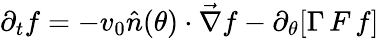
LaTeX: \partial_{t}f=-v_{0}\hat{n}(\theta)\cdot\vec{\nabla}f-\partial_{\theta}[\Gamma\, F\, f]